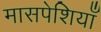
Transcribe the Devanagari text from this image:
मासपेशियाँ